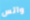
واتس